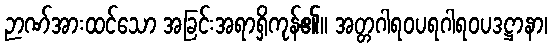
ဉာဏ်အားထင်သော အခြင်းအရာရှိကုန်၏။ အတ္တဂါရဝပရဂါရဝပဒဋ္ဌာနာ၊